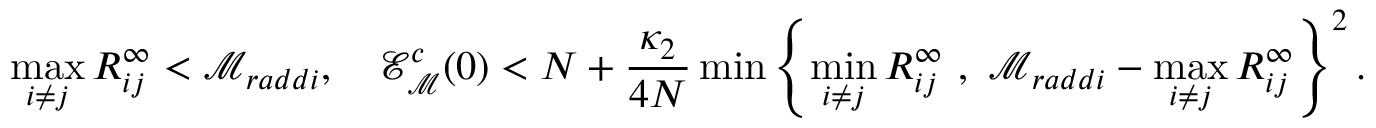
\operatorname* { m a x } _ { i \neq j } R _ { i j } ^ { \infty } < \mathcal { M } _ { r a d d i } , \quad \mathcal { E } _ { { \mathcal M } } ^ { c } ( 0 ) < N + \frac { \kappa _ { 2 } } { 4 N } \operatorname* { m i n } \left\{ \operatorname* { m i n } _ { i \neq j } R _ { i j } ^ { \infty } ~ , ~ \mathcal { M } _ { r a d d i } - \operatorname* { m a x } _ { i \neq j } R _ { i j } ^ { \infty } \right\} ^ { 2 } .